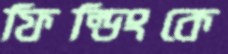
ফিল্ডিংকে